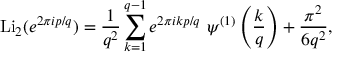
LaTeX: \mathrm { L i } _ { 2 } ( e ^ { 2 \pi i p / q } ) = \frac { 1 } { q ^ { 2 } } \sum _ { k = 1 } ^ { q - 1 } e ^ { 2 \pi i k p / q } ~ \psi ^ { ( 1 ) } \left( \frac { k } { q } \right) + \frac { \pi ^ { 2 } } { 6 q ^ { 2 } } ,